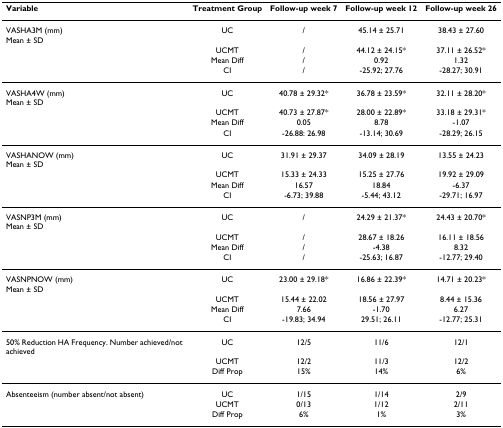
<table><thead><tr><td><b>Variable</b></td><td><b>Treatment Group</b></td><td><b>Follow-up week 7</b></td><td><b>Follow-up week 12</b></td><td><b>Follow-up week 26</b></td></tr></thead><tbody><tr><td>VASHA3M (mm)Mean ± SD</td><td>UC</td><td>/</td><td>45.14 ± 25.71</td><td>38.43 ± 27.60</td></tr><tr><td></td><td>UCMT</td><td>/</td><td>44.12 ± 24.15*</td><td>37.11 ± 26.52*</td></tr><tr><td></td><td>Mean Diff</td><td>/</td><td>0.92</td><td>1.32</td></tr><tr><td></td><td>CI</td><td>/</td><td>-25.92; 27.76</td><td>-28.27; 30.91</td></tr><tr><td>VASHA4W (mm)Mean ± SD</td><td>UC</td><td>40.78 ± 29.32*</td><td>36.78 ± 23.59*</td><td>32.11 ± 28.20*</td></tr><tr><td></td><td>UCMT</td><td>40.73 ± 27.87*</td><td>28.00 ± 22.89*</td><td>33.18 ± 29.31*</td></tr><tr><td></td><td>Mean Diff</td><td>0.05</td><td>8.78</td><td>-1.07</td></tr><tr><td></td><td>CI</td><td>-26.88: 26.98</td><td>-13.14; 30.69</td><td>-28.29; 26.15</td></tr><tr><td>VASHANOW (mm)Mean ± SD</td><td>UC</td><td>31.91 ± 29.37</td><td>34.09 ± 28.19</td><td>13.55 ± 24.23</td></tr><tr><td></td><td>UCMT</td><td>15.33 ± 24.33</td><td>15.25 ± 27.76</td><td>19.92 ± 29.09</td></tr><tr><td></td><td>Mean Diff</td><td>16.57</td><td>18.84</td><td>-6.37</td></tr><tr><td></td><td>CI</td><td>-6.73; 39.88</td><td>-5.44; 43.12</td><td>-29.71; 16.97</td></tr><tr><td>VASNP3M (mm)Mean ± SD</td><td>UC</td><td>/</td><td>24.29 ± 21.37*</td><td>24.43 ± 20.70*</td></tr><tr><td></td><td>UCMT</td><td>/</td><td>28.67 ± 18.26</td><td>16.11 ± 18.56</td></tr><tr><td></td><td>Mean Diff</td><td>/</td><td>-4.38</td><td>8.32</td></tr><tr><td></td><td>CI</td><td>/</td><td>-25.63; 16.87</td><td>-12.77; 29.40</td></tr><tr><td>VASNPNOW (mm)Mean ± SD</td><td>UC</td><td>23.00 ± 29.18*</td><td>16.86 ± 22.39*</td><td>14.71 ± 20.23*</td></tr><tr><td></td><td>UCMT</td><td>15.44 ± 22.02</td><td>18.56 ± 27.97</td><td>8.44 ± 15.36</td></tr><tr><td></td><td>Mean Diff</td><td>7.66</td><td>-1.70</td><td>6.27</td></tr><tr><td></td><td>CI</td><td>-19.83; 34.94</td><td>29.51; 26.11</td><td>-12.77; 25.31</td></tr><tr><td>50% Reduction HA Frequency. Number achieved/not achieved</td><td>UC</td><td>12/5</td><td>11/6</td><td>12/1</td></tr><tr><td></td><td>UCMT</td><td>12/2</td><td>11/3</td><td>12/2</td></tr><tr><td></td><td>Diff Prop</td><td>15%</td><td>14%</td><td>6%</td></tr><tr><td>Absenteeism (number absent/not absent)</td><td>UC</td><td>1/15</td><td>1/14</td><td>2/9</td></tr><tr><td></td><td>UCMT</td><td>0/13</td><td>1/12</td><td>2/11</td></tr><tr><td></td><td>Diff Prop</td><td>6%</td><td>1%</td><td>3%</td></tr></tbody></table>